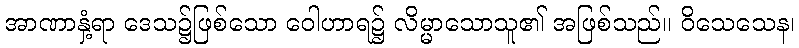
အာဏာနှံ့ရာ ဒေသ၌ဖြစ်သော ဝေါဟာရ၌ လိမ္မာသောသူ၏ အဖြစ်သည်။ ဝိသေသေန၊